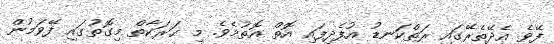
ފޭވެ އެދޭތެރޭގައި ރަތްކަނޑު އުފެދިފައި އޮތް އޮތުމެވެ. މި ޙަރަކާތް މިގޮތުގައި ފޭވަމުން